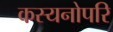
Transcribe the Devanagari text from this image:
कस्यनोपरि